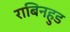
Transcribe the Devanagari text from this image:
राबिनहुड